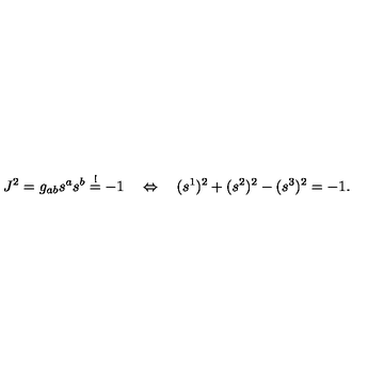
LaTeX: J ^ { 2 } = g _ { a b } s ^ { a } s ^ { b } \stackrel { ! } { = } - 1 \quad \Leftrightarrow \quad ( s ^ { 1 } ) ^ { 2 } + ( s ^ { 2 } ) ^ { 2 } - ( s ^ { 3 } ) ^ { 2 } = - 1 .